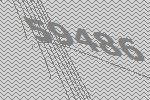
59486